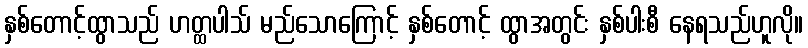
နှစ်တောင့်ထွာသည် ဟတ္ထပါသ် မည်သောကြောင့် နှစ်တောင့် ထွာအတွင်း နှစ်ပါးစီ နေရသည်ဟူလို။